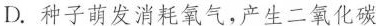
D.种子萌发消耗氧气，产生二氧化碳